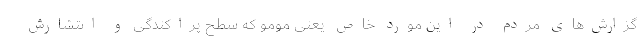
گزارش‌های مردم در این مورد خاص یعنی مومو که سطح پراکندگی و انتشارش